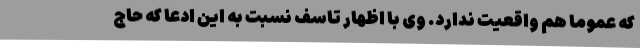
که عموماً هم واقعیت ندارد. وی با اظهار تاسف نسبت به این ادعا که حاج